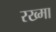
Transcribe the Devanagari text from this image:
रख्मा